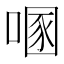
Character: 𰈔